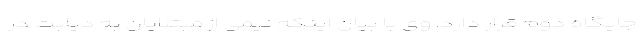
جایگاه دوم قرار دارد. وی با بیان اینکه نیمی از مبتلایان به دیابت در